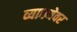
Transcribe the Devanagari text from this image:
व्याख्येवर